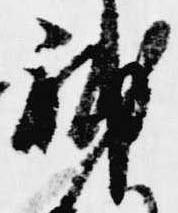
補